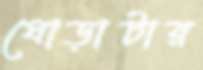
ঘোড়াটার